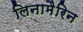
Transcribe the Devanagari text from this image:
लिनामैरिन